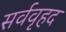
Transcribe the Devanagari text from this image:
सर्ववृहद